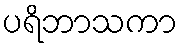
ပရိဘာသကာ